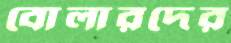
বোলারদের